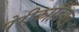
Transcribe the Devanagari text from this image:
पेरीकार्डियल